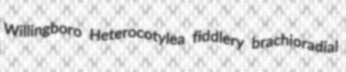
Willingboro Heterocotylea fiddlery brachioradial